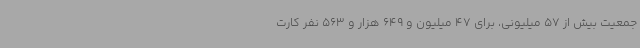
جمعیت بیش از 57 میلیونی، برای 47 میلیون و 649 هزار و 563 نفر کارت